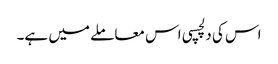
اس کی دلچسپی اس معاملے میں ہے۔